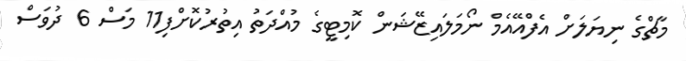
މާޗްގެ ނިޔަލަށް އެފްއޭއެމް ނޯމަލައިޒޭޝަން ކޮމިޓީގެ މުއްދަތު އިތުރުކޮށްފި11 މަސް 6 ދުވަސް